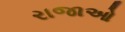
રાજાઓ